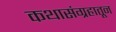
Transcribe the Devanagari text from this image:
कथासंग्रहातून